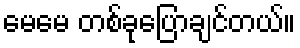
မေမေ တစ်ခုပြောချင်တယ်။